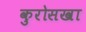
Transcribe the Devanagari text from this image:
कुरोसखा